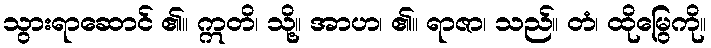
သွားရာဆောင် ၏။ ဣတိ၊ သို့။ အာဟ၊ ၏။ ရာဇာ၊ သည်။ တံ၊ ထိုမြွေကို။